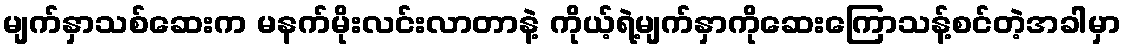
မျက်နှာသစ်ဆေးက မနက်မိုးလင်းလာတာနဲ့ ကိုယ့်ရဲ့မျက်နှာကိုဆေးကြောသန့်စင်တဲ့အခါမှာ